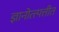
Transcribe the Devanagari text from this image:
ज्ञानोत्त्पत्तीत